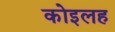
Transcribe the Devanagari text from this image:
कोइलह